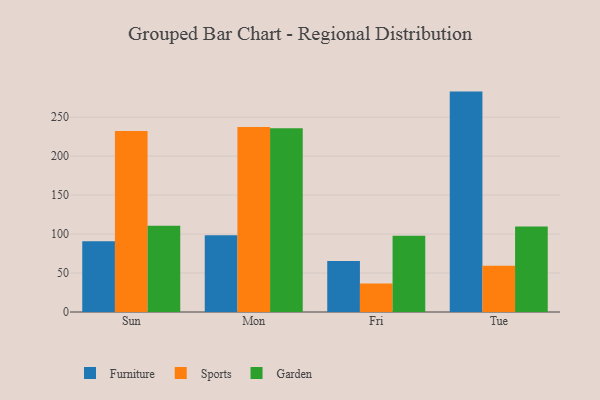
{"axis": {"x": "Day", "y": "Bounce Rate (%)"}, "legend": ["Furniture", "Garden", "Sports"], "data": [{"x": "Sun", "y": 90.9, "type": "Furniture"}, {"x": "Sun", "y": 232.3, "type": "Sports"}, {"x": "Sun", "y": 110.6, "type": "Garden"}, {"x": "Mon", "y": 98.6, "type": "Furniture"}, {"x": "Mon", "y": 237.4, "type": "Sports"}, {"x": "Mon", "y": 235.7, "type": "Garden"}, {"x": "Fri", "y": 65.5, "type": "Furniture"}, {"x": "Fri", "y": 36.5, "type": "Sports"}, {"x": "Fri", "y": 97.7, "type": "Garden"}, {"x": "Tue", "y": 282.8, "type": "Furniture"}, {"x": "Tue", "y": 59.3, "type": "Sports"}, {"x": "Tue", "y": 109.6, "type": "Garden"}]}